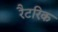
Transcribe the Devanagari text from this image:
रैटरिक